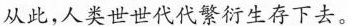
从此，人类世世代代繁衍生存下去。